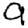
Digit: 9